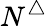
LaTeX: N^{\triangle}